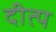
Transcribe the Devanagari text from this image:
दीत्प